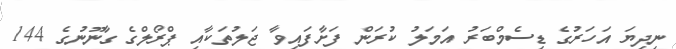
ނިދިޔަ އަހަރުގެ ޑިސެމްބަރު އަމަލު ކުރަން ފަށާފައިވާ ޖަލުތަކާއި ޕްރޯލްގެ ގާނޫނުގެ 144